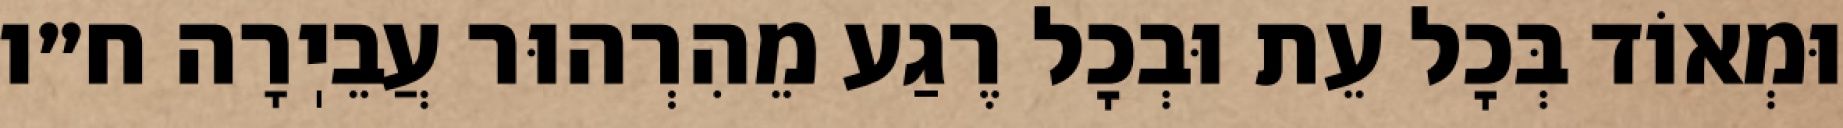
וּמְאוֹד בְּכׇל עֵת וּבְכׇל רֶגַע מֵהִרְהוּר עֲבֵיֽרָה ח״ו